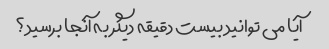
آیا می توانید بیست دقیقه دیگر به آنجا برسید؟